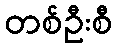
တစ်ဦးစီ